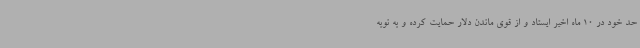
حد خود در 10 ماه اخیر ایستاد و از قوی ماندن دلار حمایت کرده و به نوبه